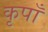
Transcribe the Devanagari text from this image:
कृपाँ